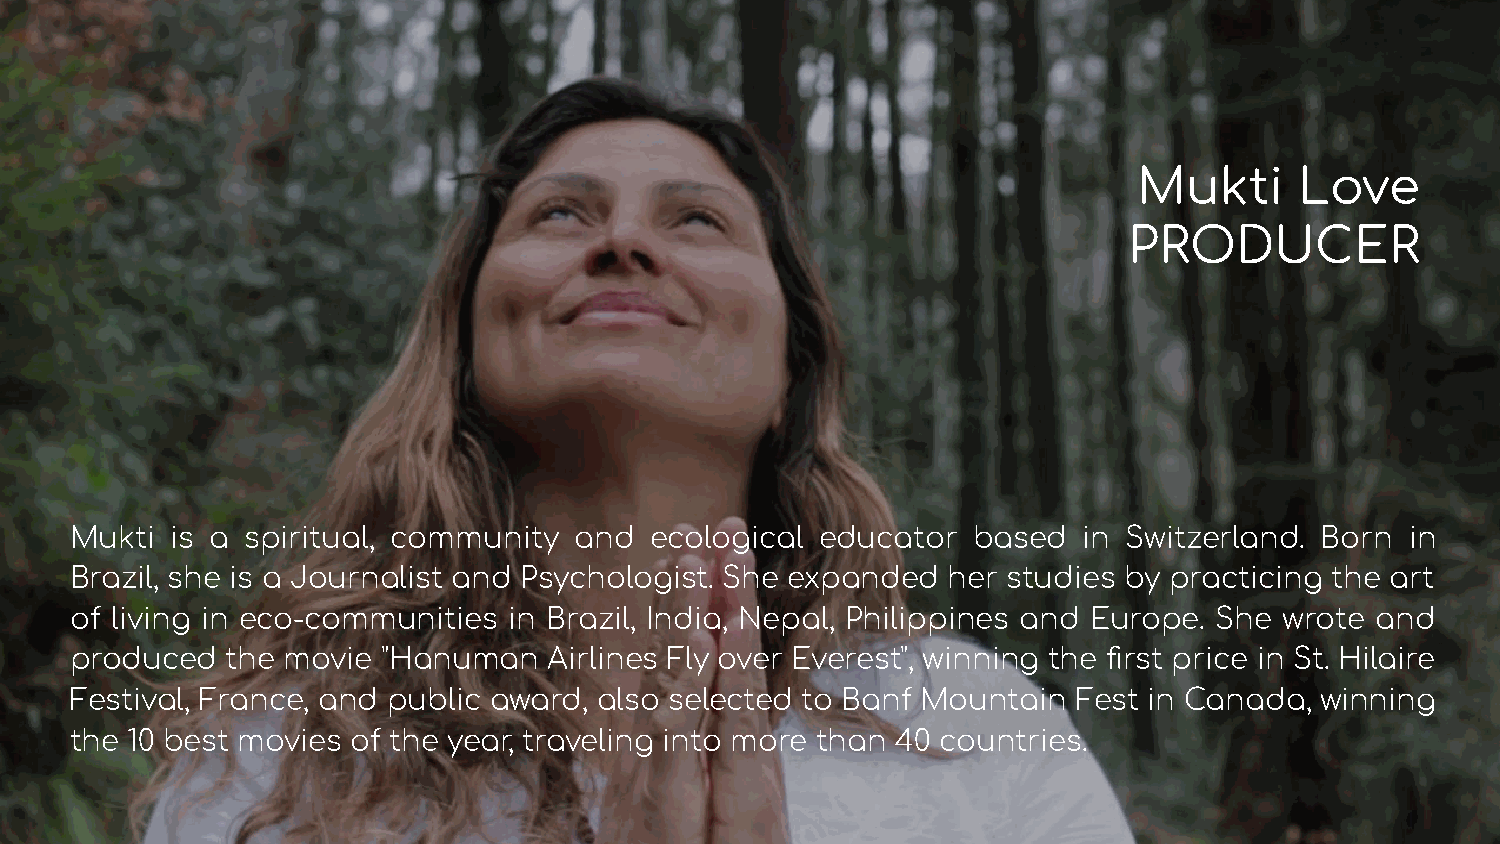
Mukti      Love
 PRODUCER
 Mukti is a spiritual, community  and  ecological educator  based   in Switzerland. Born in
 Brazil, she is a Journalist and Psychologist. She expanded her studies by practicing the art
 of living in eco-communities in Brazil, India, Nepal, Philippines and Europe. She wrote and
 produced  the movie "Hanuman   Airlines Fly over Everest", winning the first price in St. Hilaire
 Festival, France, and public award, also selected to Banf Mountain Fest in Canada, winning
 the 10 best movies of the year, traveling into more than 40 countries.